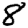
Digit: 8